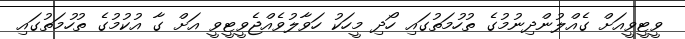
ވީޓީވީއަށް ގެއްލުންދިނުމުގެ ތުހުމަތުގައި ހޯދި މީހަކު ހަވާލުވެއްޖެވީޓީވީ އަށް ގާ އުކުމުގެ ތުހުމަތުގައި